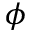
\phi